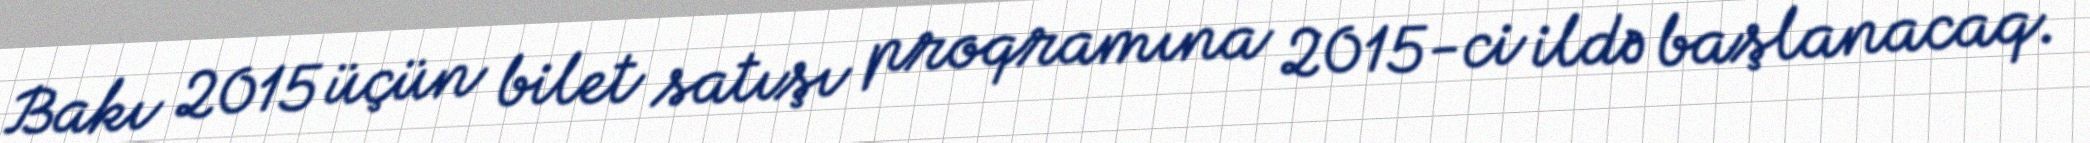
Bakı 2015 üçün bilet satışı proqramına 2015-ci ildə başlanacaq.